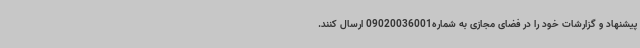
پیشنهاد و گزارشات خود را در فضای مجازی به شماره09020036001 ارسال کنند.